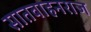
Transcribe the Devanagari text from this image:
सातवाहनराज